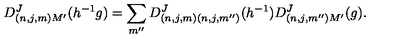
D _ { ( n , j , m ) M ^ { \prime } } ^ { J } ( h ^ { - 1 } g ) = \sum _ { m ^ { \prime \prime } } D _ { ( n , j , m ) ( n , j , m ^ { \prime \prime } ) } ^ { J } ( h ^ { - 1 } ) D _ { ( n , j , m ^ { \prime \prime } ) M ^ { \prime } } ^ { J } ( g ) .